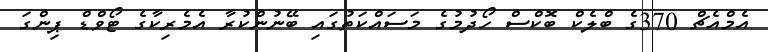
އެމްއެޗް 370ގެ ބްލެކް ބޮކްސް ހޯދުމުގެ މަސައްކަތުގައި ބޭނުންކުރާ އެމެރިކާގެ ޓޯވްޑް ޕިންގަ